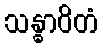
သန္ဓာဝိတံ